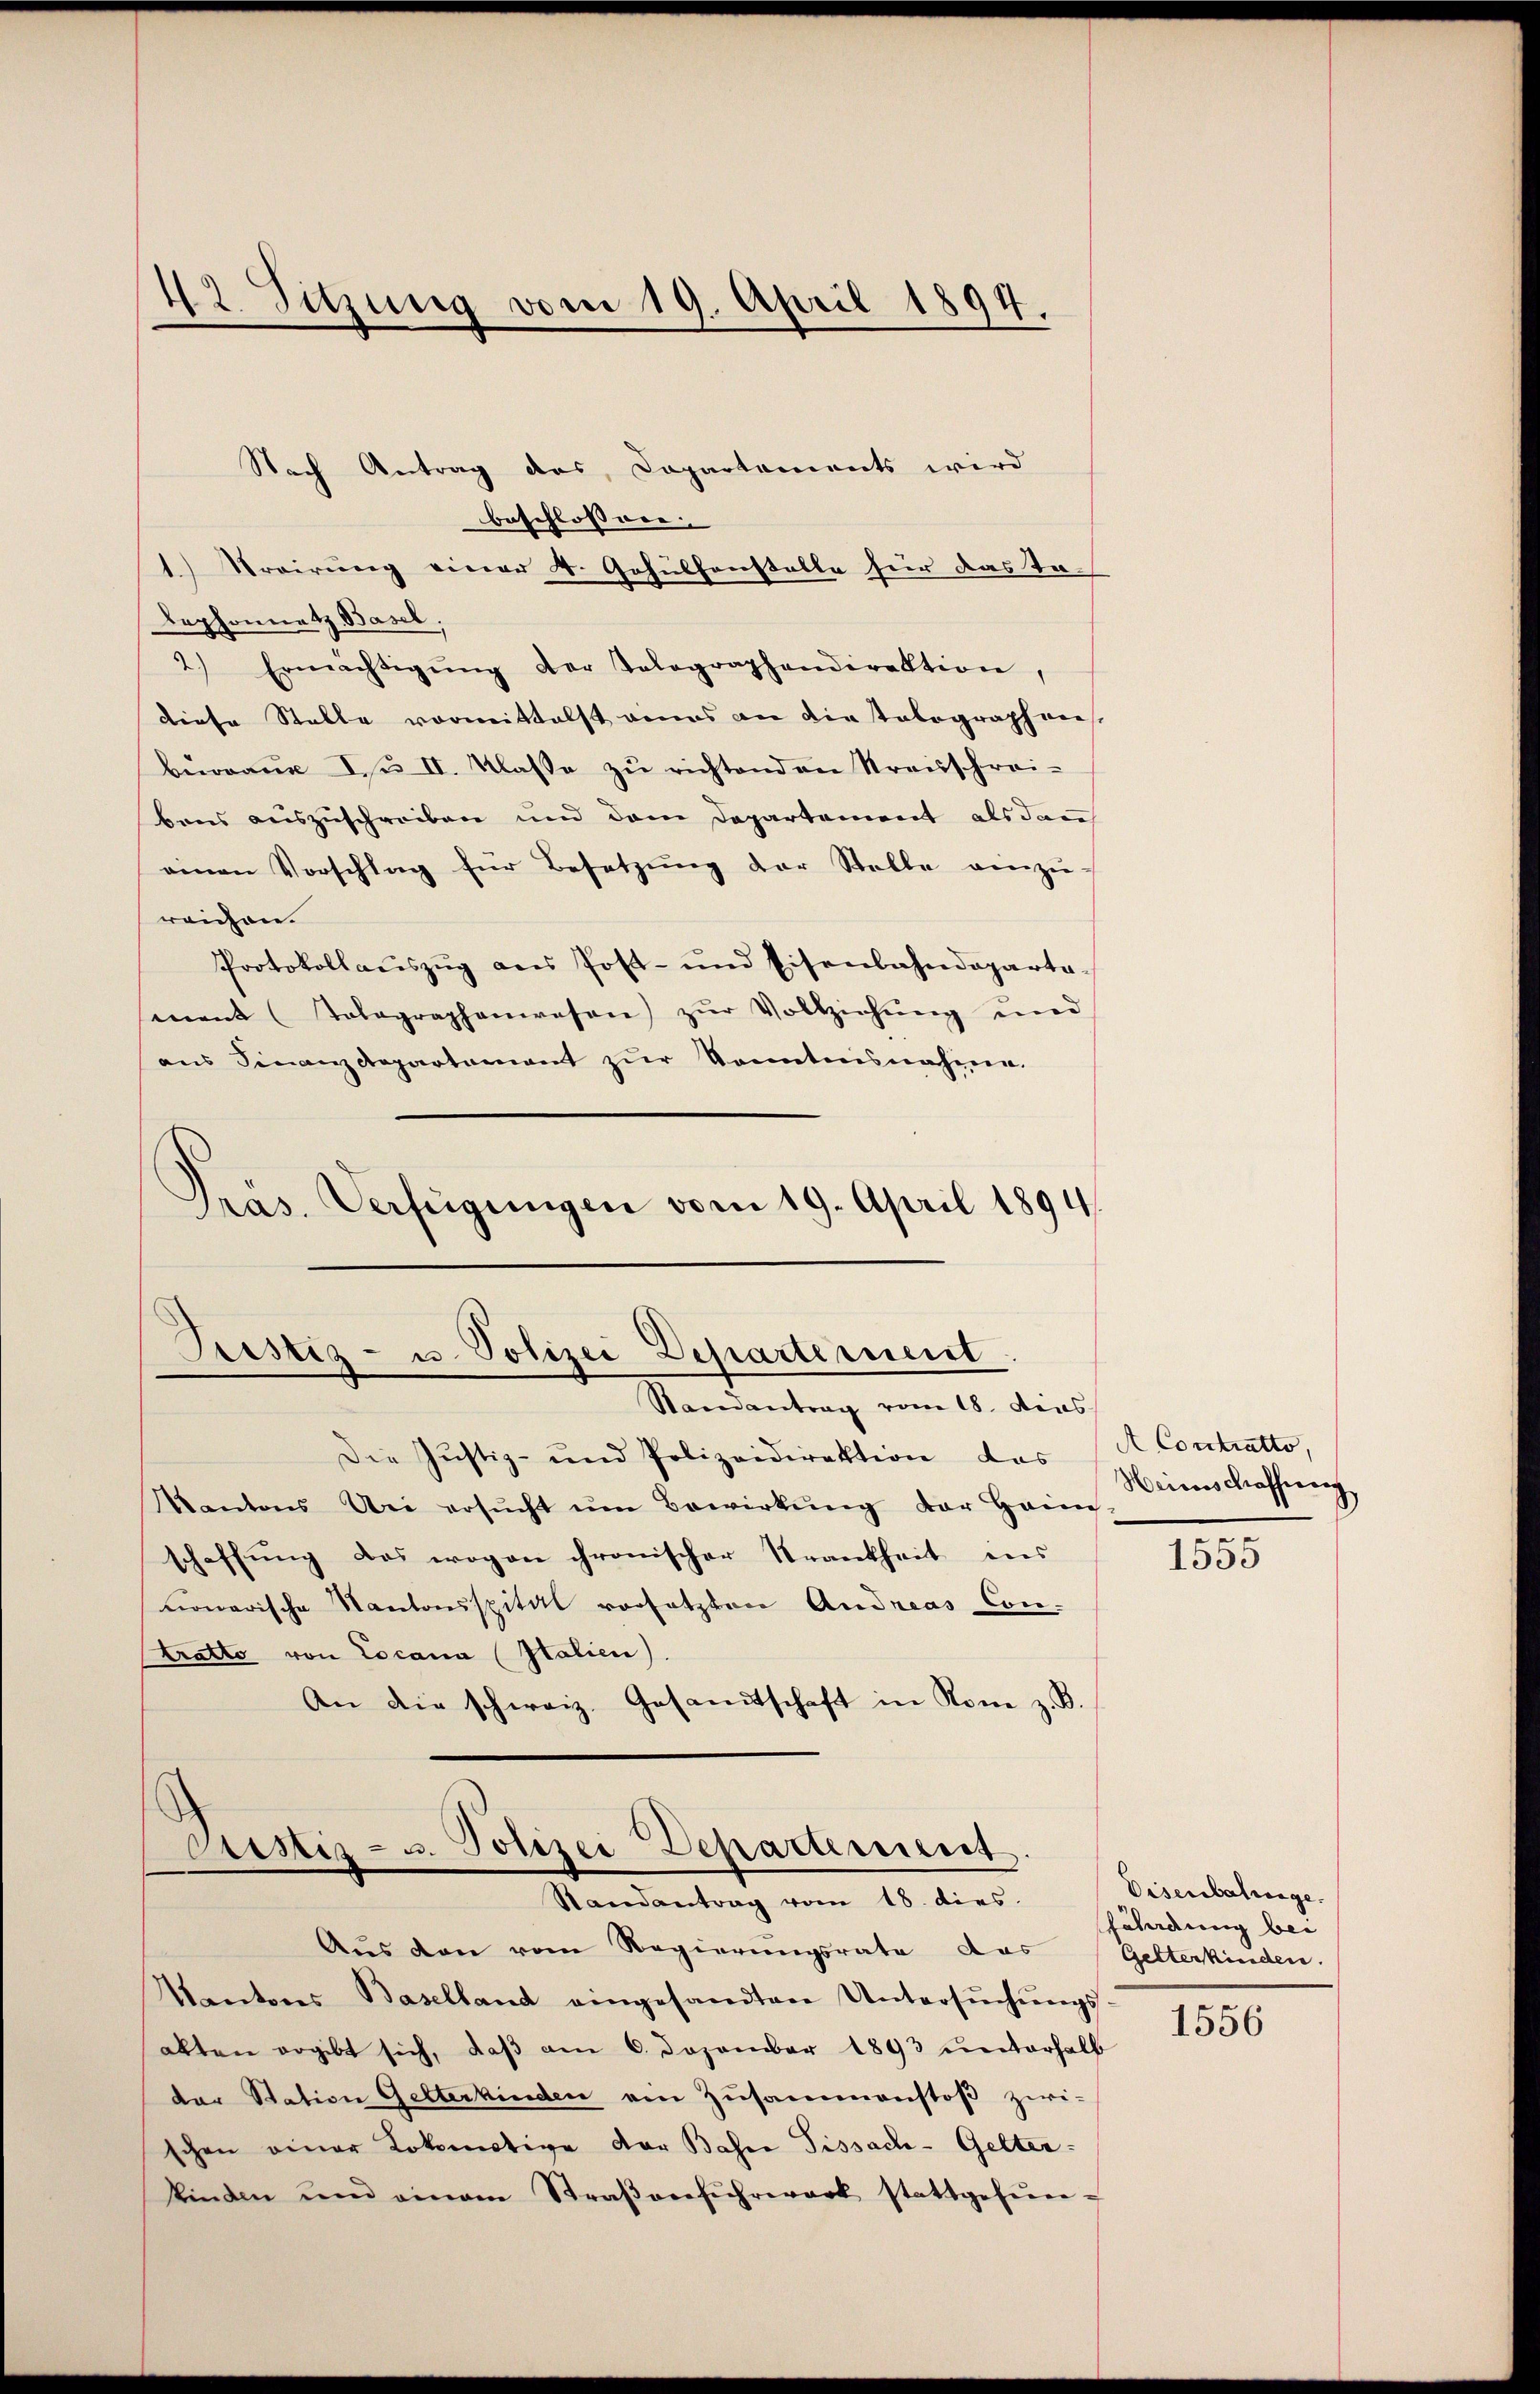
42. Sitzung vom 19. April 1894.

Nach Antrag des Capartaments wird
beschlossner
1) Trairŭng einer 4. Gehülfenstalle für das Talephonnetz Basel,
2) Ermächtigŭng der Telegraphendirektion,
diese Stelle vormittelst eines an die talographen
bewoane I. u. II. Klasse zŭ richtenden Kreisschrei-
bens auszuschreiben und dem Departement als dann
einen Vorschlag für Besetzŭng der Stelle einzŭ-
reichen.
Protokollaŭszŭg ans Post- und Eisenbahndeparta-
ment (Tolographenwesen zŭr Vollziehŭng und
aus Finanzdepartament zŭr Sonntnisnahme.
Präs. Verfügungen vom 19. April 1894.

Pristiz- u. Polizei Departement.
Staeantrag vom 18. dens

Die Justiz- und Polizeidirektion des (A. Contratto,
Kantons Uri ersŭcht ŭm Bewirkung der Heim
schaffung das wogen chronischer Trankheit ins
nonerische Kantonsspital vorsetzten Andreas Con-
tratto von Locana (Italien)
An die schweiz. Gesandtschaft in Rone z. B.

Custiz- u. Polizei Departement.
Randantrag vom 18. dies.
Aus den vom Regierungsrate das Gelterkinden.

Kantons Baselland eingesandten Untersŭchŭngs-
alten ergibt sich, daβ am 6. Dezember 1893 ŭnterhalb
der Station Gelterkinden von Zŭsammenstoβ zwi-
schen einer Lokomotive der Bahre Pissach- Gelter-
kinden ŭm einem Straβenfŭhrwerk stattgefŭn-

Meices chroffices

1555

1556

Eisenbalinge.
fährdung bei